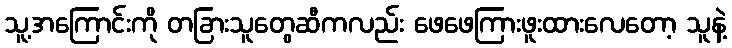
သူ့အကြောင်းကို တခြားသူတွေဆီကလည်း ဖေဖေကြားဖူးထားလေတော့ သူနဲ့